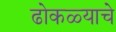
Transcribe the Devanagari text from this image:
ढोकळ्याचे